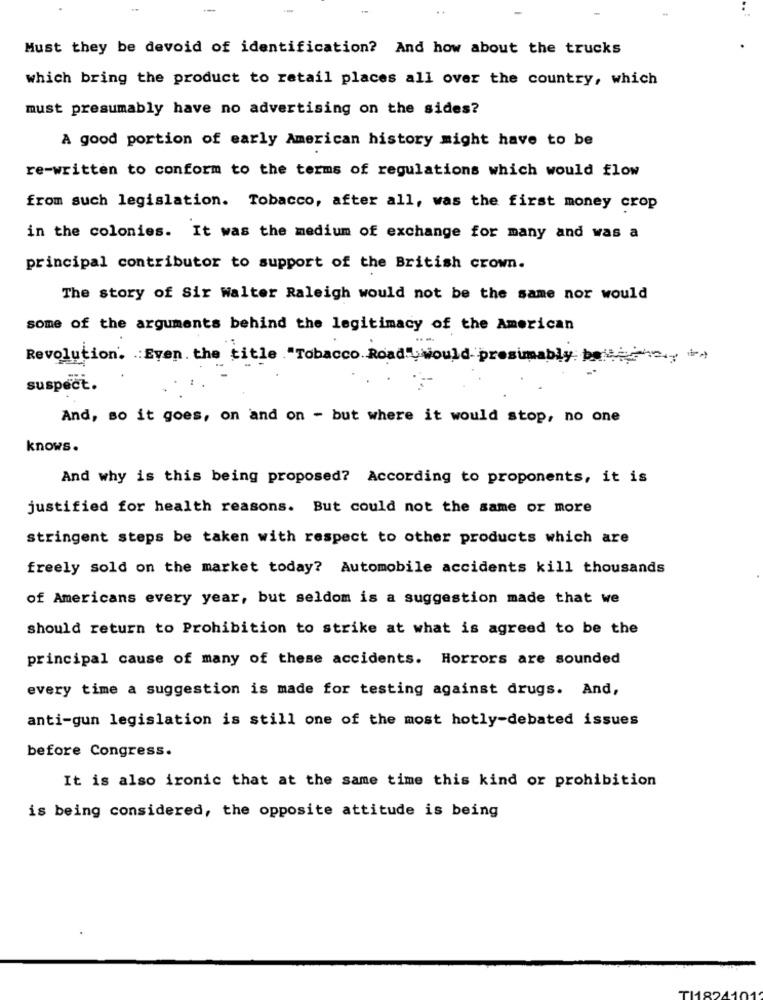
--
Must they be devoid of identification? And how about the trucks
which bring the product to retail places all over the country, which
must presumably have no advertising on the sides?
A good portion of early American history might have to be
re-written to conform to the terms of regulations which would flow
from such legislation. Tobacco, after all, was the first money crop
in the colonies. It was the medium of exchange for many and was a
principal contributor to support of the British crown.
The story of Sir Walter Raleigh would not be the same nor would
some of the arguments behind the legitimacy of the American
Revolution. Even the title "Tobacco Road ,would presumably be
suspect.
And, so it goes, on and on - but where it would stop, no one
knows.
And why is this being proposed? According to proponents, it is
justified for health reasons. But could not the same or more
stringent steps be taken with respect to other products which are
freely sold on the market today? Automobile accidents kill thousands
of Americans every year, but seldom is a suggestion made that we
should return to Prohibition to strike at what is agreed to be the
principal cause of many of these accidents. Horrors are sounded
every time a suggestion is made for testing against drugs. And,
anti-gun legislation is still one of the most hotly-debated issues
before Congress.
It is also ironic that at the same time this kind or prohibition
is being considered, the opposite attitude is being